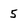
Character: 5